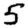
Digit: 5